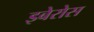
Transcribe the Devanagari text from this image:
इबेरोस